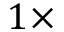
1 \times